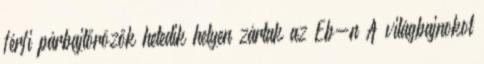
férfi párbajtőrözők hetedik helyen zártak az Eb-n A világbajnokot